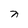
Character: n